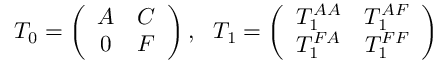
T _ { 0 } = \left( \begin{array} { c c } { A } & { C } \\ { 0 } & { F } \end{array} \right) , \ \ T _ { 1 } = \left( \begin{array} { c c } { T _ { 1 } ^ { A A } } & { T _ { 1 } ^ { A F } } \\ { T _ { 1 } ^ { F A } } & { T _ { 1 } ^ { F F } } \end{array} \right)